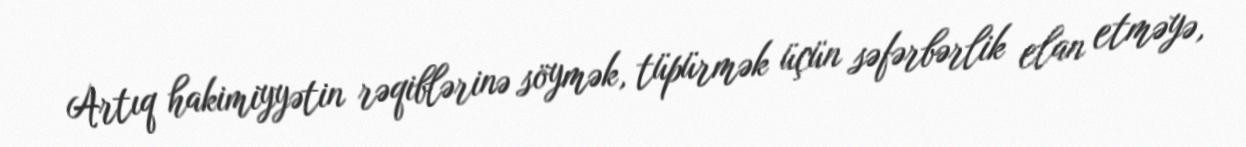
Artıq hakimiyyətin rəqiblərinə söymək, tüpürmək üçün səfərbərlik elan etməyə,